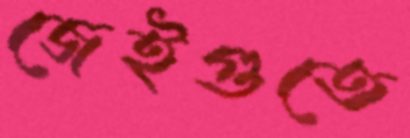
জেইগুতে